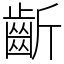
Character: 齗